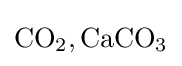
{\ce {CO2, CaCO3}}